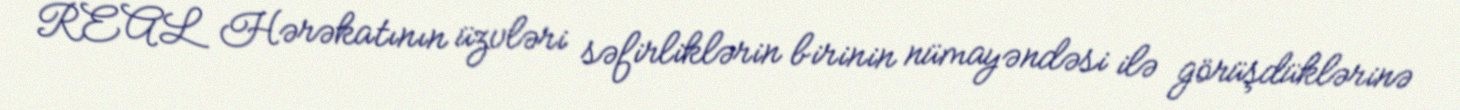
REAL Hərəkatının üzvləri səfirliklərin birinin nümayəndəsi ilə görüşdüklərinə